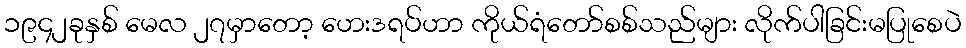
၁၉၄၂ခုနှစ် မေလ ၂၇မှာတော့ ဟေးဒရပ်ဟာ ကိုယ်ရံတော်စစ်သည်များ လိုက်ပါခြင်းမပြုစေပဲ